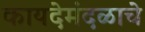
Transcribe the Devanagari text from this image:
कायदेमंदळाचे